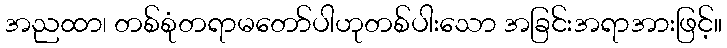
အညထာ၊ တစ်စုံတရာမတော်ပါဟုတစ်ပါးသော အခြင်းအရာအားဖြင့်။